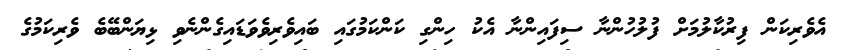
އެވެރިކަން ފިރުކާލުމަށް ފުލުހުންނާ ސިފައިންނާ އެކު ހިންގި ކަންކަމުގައި ބައިވެރިވެވަޑައިގެންނެވި ޅިޔަންބޭބެ ވެރިކަމުގެ